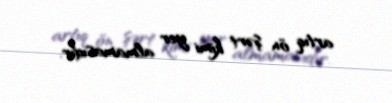
artıq ön şərt kimi yer almamasıdır.